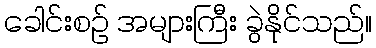
ခေါင်းစဉ် အများကြီး ခွဲနိုင်သည်။